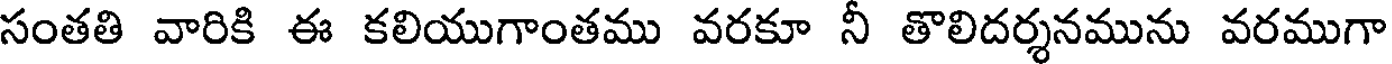
సంతతి వారికి ఈ కలియుగాంతము వరకూ నీ తొలిదర్శనమును వరముగా